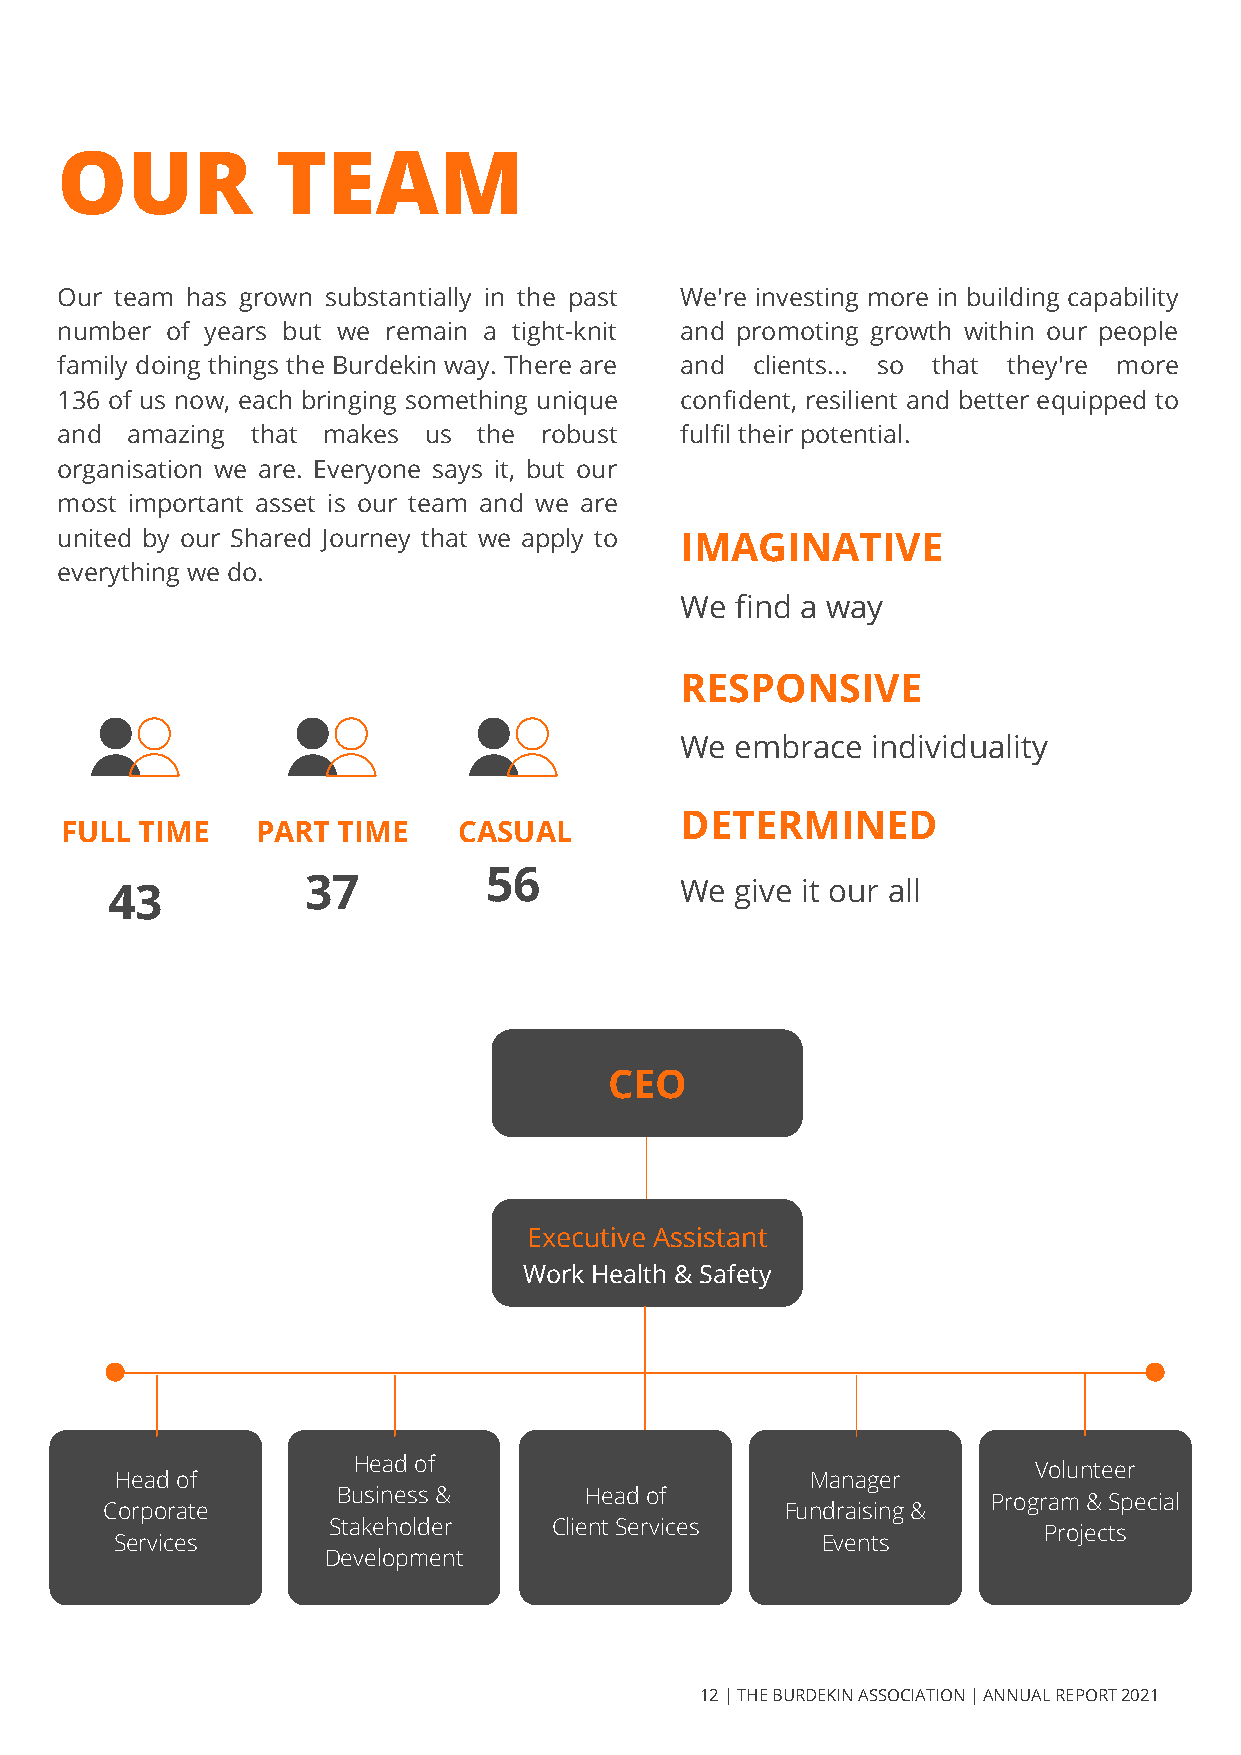
OUR           TEAM
 Our team has grown substantially in the past We're investing more in building capability
 number of years but we remain a tight-knit and promoting growth within our people
 family doing things the Burdekin way. There are and clients... so that they're more
 136 of us now, each bringing something unique confident, resilient and better equipped to
 and amazing  that makes us  the robust   fulfil their potential.
 organisation we are. Everyone says it, but our
 most important asset is our team and we are
 united by our Shared Journey that we apply to IMAGINATIVE
 everything we do.
 We  find a way
 RESPONSIVE
 We  embrace  individuality
 DETERMINED
 FULL TIME    PART TIME    CASUAL
 56
 43           37                       We  give it our all
 CEO
 Executive Assistant
 Work Health & Safety
 Head of
 Volunteer
 Head of                                       Manager
 Business &       Head of                    Program & Special
 Corporate                                    Fundraising &
 Stakeholder    Client Services                 Projects
 Services                                      Events
 Development
 12 | THE BURDEKIN ASSOCIATION | ANNUAL REPORT 2021